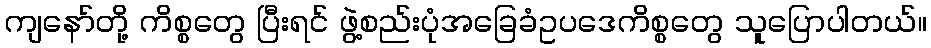
ကျနော်တို့ ကိစ္စတွေ ပြီးရင် ဖွဲ့စည်းပုံအခြေခံဥပဒေကိစ္စတွေ သူပြောပါတယ်။